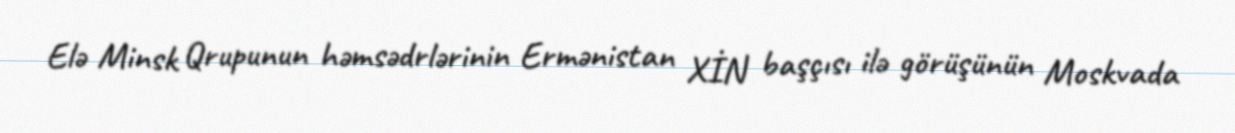
Elə Minsk Qrupunun həmsədrlərinin Ermənistan XİN başçısı ilə görüşünün Moskvada